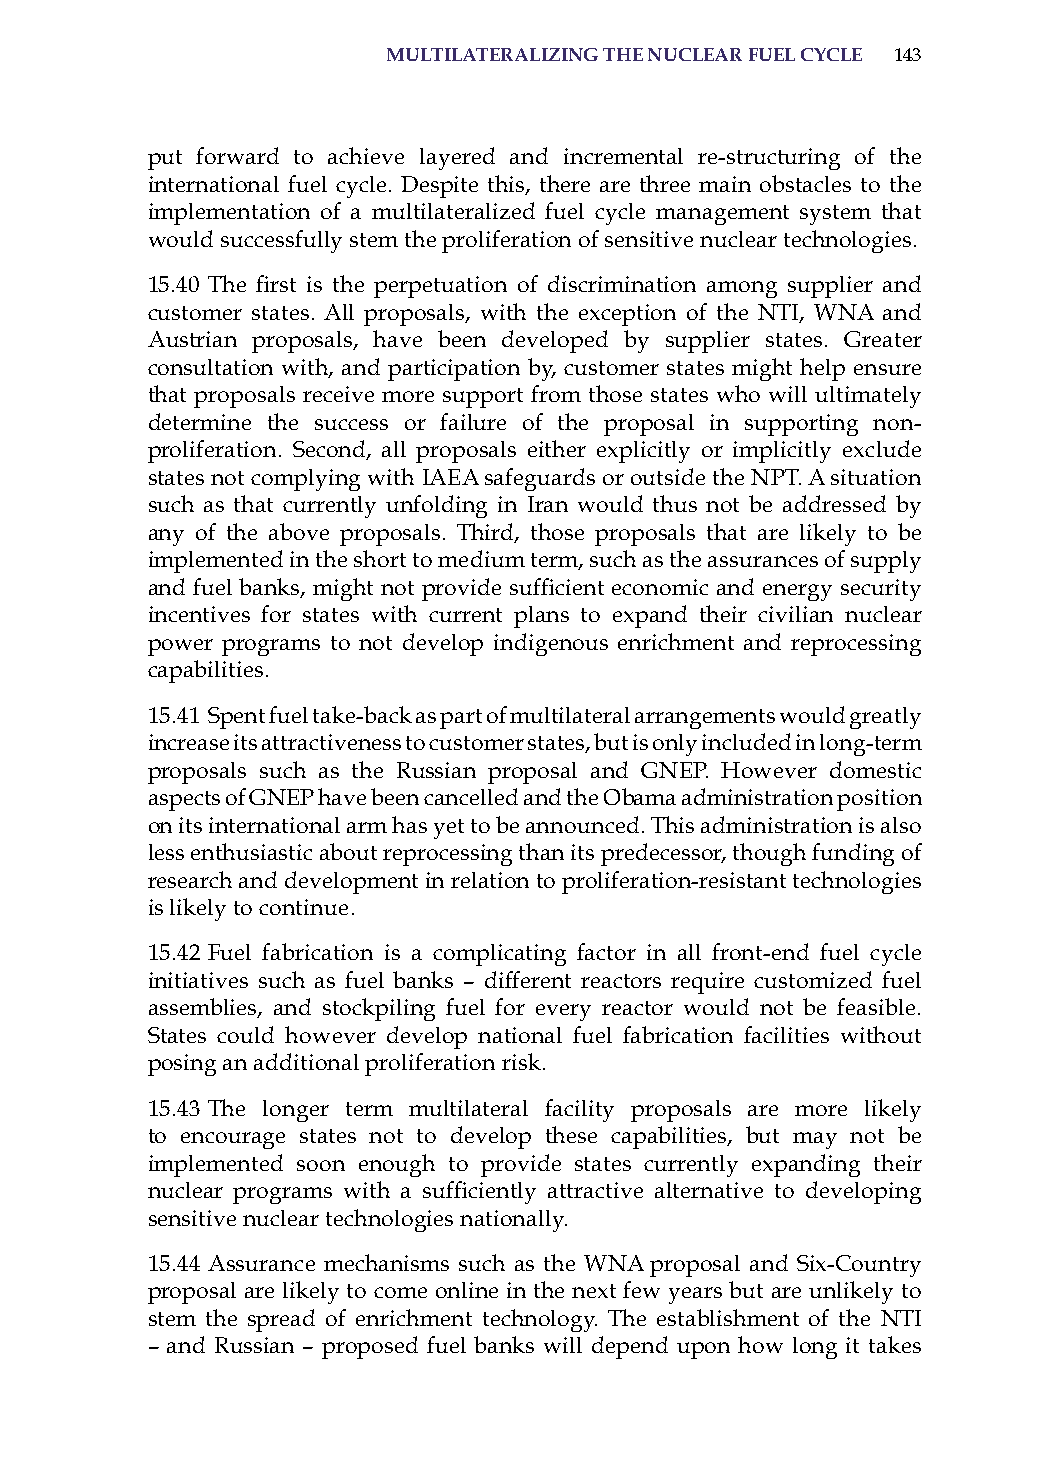
multilateralizinG the nuclear fuel cYcle 143
 put forward to achieve layered and incremental re-structuring of the
 international fuel cycle. Despite this, there are three main obstacles to the
 implementation of a multilateralized fuel cycle management system that
 would successfully stem the proliferation of sensitive nuclear technologies.
 15.40 The first is the perpetuation of discrimination among supplier and
 customer states. all proposals, with the exception of the NTi, WNa and
 austrian proposals, have been developed by supplier states. Greater
 consultation with, and participation by, customer states might help ensure
 that proposals receive more support from those states who will ultimately
 determine the success or failure of the proposal in supporting non-
 proliferation. second, all proposals either explicitly or implicitly exclude
 states not complying with iaEa safeguards or outside the NPT. a situation
 such as that currently unfolding in iran would thus not be addressed by
 any of the above proposals. Third, those proposals that are likely to be
 implemented in the short to medium term, such as the assurances of supply
 and fuel banks, might not provide sufficient economic and energy security
 incentives for states with current plans to expand their civilian nuclear
 power programs to not develop indigenous enrichment and reprocessing
 capabilities.
 15.41 spent fuel take-back as part of multilateral arrangements would greatly
 increase its attractiveness to customer states, but is only included in long-term
 proposals such as the russian proposal and GNEP. however domestic
 aspects of GNEP have been cancelled and the obama administration position
 on its international arm has yet to be announced. This administration is also
 less enthusiastic about reprocessing than its predecessor, though funding of
 research and development in relation to proliferation-resistant technologies
 is likely to continue.
 15.42 Fuel fabrication is a complicating factor in all front-end fuel cycle
 initiatives such as fuel banks – different reactors require customized fuel
 assemblies, and stockpiling fuel for every reactor would not be feasible.
 states could however develop national fuel fabrication facilities without
 posing an additional proliferation risk.
 15.43 The longer term multilateral facility proposals are more likely
 to encourage states not to develop these capabilities, but may not be
 implemented soon enough to provide states currently expanding their
 nuclear programs with a sufficiently attractive alternative to developing
 sensitive nuclear technologies nationally.
 15.44 assurance mechanisms such as the WNa proposal and six-Country
 proposal are likely to come online in the next few years but are unlikely to
 stem the spread of enrichment technology. The establishment of the NTi
 – and russian – proposed fuel banks will depend upon how long it takes